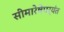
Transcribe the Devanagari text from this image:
सीमारेषेपर्यंत